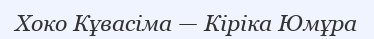
Хоко Кұвасіма — Кіріка Юмұра